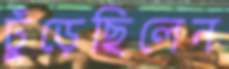
ঢুঁড়েছিলেন